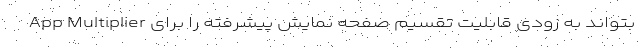
App Multiplier بتواند به زودی قابلیت تقسیم صفحه نمایش پیشرفته را برای